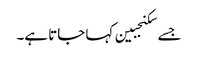
جسے سکنجبین کہا جاتا ہے۔